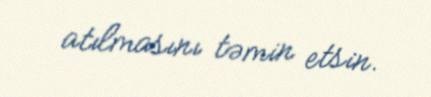
atılmasını təmin etsin.